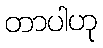
တာပါဟု